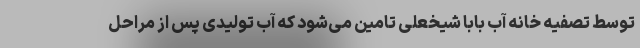
توسط تصفیه خانه آب بابا شیخعلی تامین می‌شود که آب تولیدی پس از مراحل